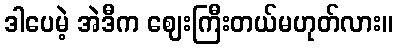
ဒါပေမဲ့ အဲဒီက ဈေးကြီးတယ်မဟုတ်လား။